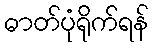
ဓာတ်ပုံရိုက်ရန်